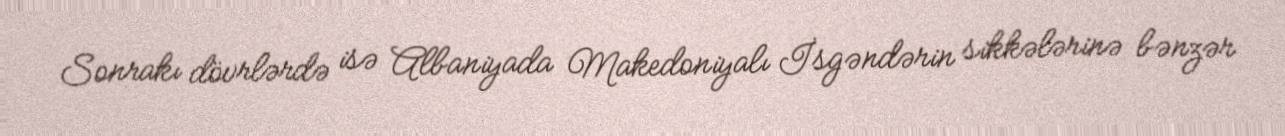
Sonrakı dövrlərdə isə Albaniyada Makedoniyalı İsgəndərin sikkələrinə bənzər